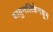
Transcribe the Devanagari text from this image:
वायुनलिकेमधून